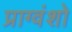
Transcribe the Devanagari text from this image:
प्राग्वंशो